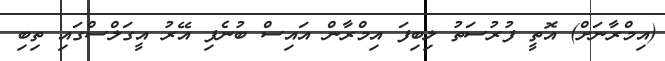
(އިމްރާނަށް) އޮތީ ފުރުސަތު ލިބިފަ އިމްރާން އައިސް ބުނެފި އޭރު އީގަލްސްގައި ތިބި